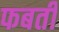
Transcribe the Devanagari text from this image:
फबती